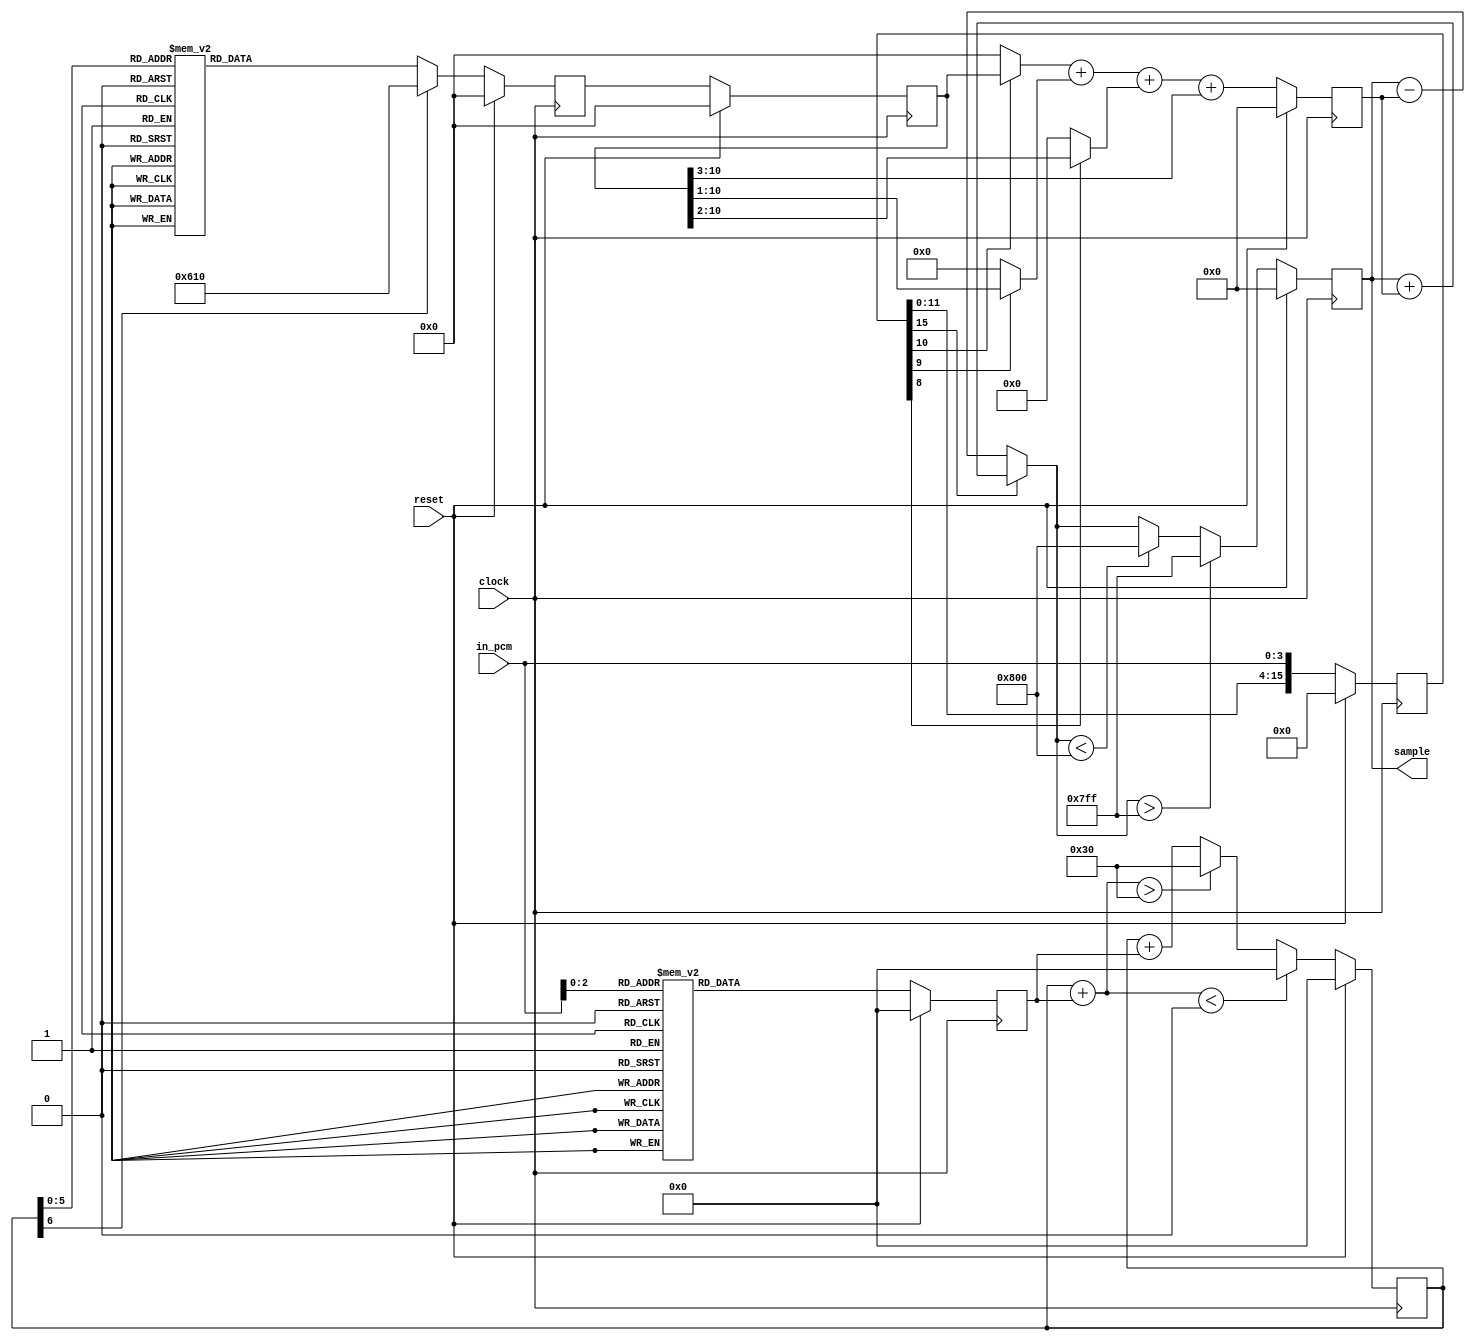
/* 
   Implementation is done according to specifications that can be found at https://multimedia.cx/mirror/dialogic-adpcm.pdf
   
   Most important segments, quote:
   
   The decoder computes the difference between the previous linear output estimate and the anticipated one.
   This difference is added to the previous estimate to produce the linear output estimate. The input ADPCM
   sample is also presented to the step size calculator to compute the step size estimate
   
   The decoder accepts ADPCM code values, L(n), and step size values. It calculates a reproduced differential 
   value, and accumulates an estimated waveform value, X. Here is a pseudocode algorithm:

   d(n) = (ss(n)*B2)+(ss(n)/2*B1)+(ss(n)/4*BO)+(ss(n)/8)
   if (B3 = 1)
      then d(n) = d(n) * (-1)
   X(n) = X(n-1) + d(n)
   
   ss(n+1) = ss(n) * 1.1M(L(n))
      -> Calculated from a lookup table
      
   Initial conditions: When the ADPCM algorithm is reset, the step size ss(n) is set to the minimum value (16) and the
   estimated waveform value X is set to zero (half scale)
*/

module adpcm_decoder (
   input                         reset,
   input                         clock,  
   input [3:0]                   in_pcm,   
   output reg signed [11:0]      sample
);

reg signed [11:0] differential_value;
reg signed [6:0]  index, delta;
reg [10:0] step, pr_step;
reg [15:0] pcm;
   
wire signed [11:0] estimation = pcm[15] ? sample + differential_value : sample - differential_value;                    

always @(posedge clock) 
begin
   if(reset) begin
      delta <= 7'd0; sample <= 12'd0; differential_value <= 12'd0;
      index <= 7'd0; step <= 11'd0; pr_step <= 11'd0; pcm <= 16'd0; 
   end
   
   else begin
   
   pcm <= {pcm[11:0], in_pcm[3:0]};
   pr_step <= step;

   case (in_pcm[2:0]) 
      3'b000:  delta <= -7'd1;     3'b001:  delta <= -7'd1;     3'b010:  delta <= -7'd1;     3'b011:  delta <= -7'd1;
      3'b100:  delta <=  7'd2;     3'b101:  delta <=  7'd4;     3'b110:  delta <=  7'd6;     3'b111:  delta <=  7'd8;
   endcase 
  
   if (index + delta < 0)       index <= 0;
   else if (index + delta > 48) index <= 48;
   else                         index <= index + delta; 

   case (index)
      7'd00: step <= 11'd16;    7'd01: step <= 11'd17;    7'd02: step <= 11'd19;    7'd03: step <= 11'd21;
      7'd04: step <= 11'd23;    7'd05: step <= 11'd25;    7'd06: step <= 11'd28;    7'd07: step <= 11'd31;
      7'd08: step <= 11'd34;    7'd09: step <= 11'd37;    7'd10: step <= 11'd41;    7'd11: step <= 11'd45;
      7'd12: step <= 11'd50;    7'd13: step <= 11'd55;    7'd14: step <= 11'd60;    7'd15: step <= 11'd66;
      7'd16: step <= 11'd73;    7'd17: step <= 11'd80;    7'd18: step <= 11'd88;    7'd19: step <= 11'd97;
      7'd20: step <= 11'd107;   7'd21: step <= 11'd118;   7'd22: step <= 11'd130;   7'd23: step <= 11'd143;
      7'd24: step <= 11'd157;   7'd25: step <= 11'd173;   7'd26: step <= 11'd190;   7'd27: step <= 11'd209;
      7'd28: step <= 11'd230;   7'd29: step <= 11'd253;   7'd30: step <= 11'd279;   7'd31: step <= 11'd307;   
      7'd32: step <= 11'd337;   7'd33: step <= 11'd371;   7'd34: step <= 11'd408;   7'd35: step <= 11'd449;
      7'd36: step <= 11'd494;   7'd37: step <= 11'd544;   7'd38: step <= 11'd598;   7'd39: step <= 11'd658;
      7'd40: step <= 11'd724;   7'd41: step <= 11'd796;   7'd42: step <= 11'd876;   7'd43: step <= 11'd963;   
      7'd44: step <= 11'd1060;  7'd45: step <= 11'd1166;  7'd46: step <= 11'd1282;  7'd47: step <= 11'd1411;
      7'd48: step <= 11'd1552;
      default: step <= 11'd1552;
   endcase 
   
   differential_value <= {pcm[10] ? pr_step : 12'd0} + {pcm[9] ? (pr_step>>1) : 12'd0} + {pcm[8] ? (pr_step>>2) : 12'd0} + (pr_step>>3);

   if ($signed(estimation) > $signed(2047))        sample <=  12'd2047;
   else if ($signed(estimation) < $signed(-2048))  sample <= -12'd2048;
   else                                            sample <= estimation;  
   
   end
end 
endmodule